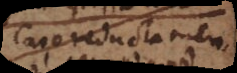
Caro reducta men-